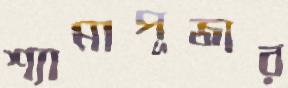
শ্যামাপূজার